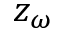
z _ { \omega }